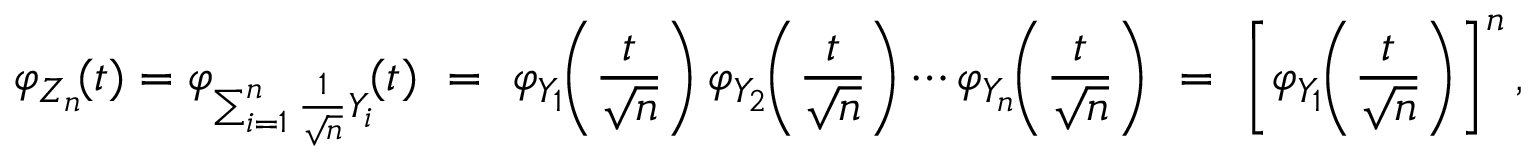
\varphi _ { Z _ { n } } \! ( t ) = \varphi _ { \sum _ { i = 1 } ^ { n } { { \frac { 1 } { \sqrt { n } } } Y _ { i } } } \! ( t ) \ = \ \varphi _ { Y _ { 1 } } \! \! \left( { \frac { t } { \sqrt { n } } } \right) \varphi _ { Y _ { 2 } } \! \! \left( { \frac { t } { \sqrt { n } } } \right) \cdots \varphi _ { Y _ { n } } \! \! \left( { \frac { t } { \sqrt { n } } } \right) \ = \ \left[ \varphi _ { Y _ { 1 } } \! \! \left( { \frac { t } { \sqrt { n } } } \right) \right] ^ { n } ,